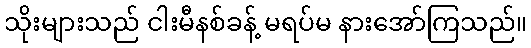
သိုးများသည် ငါးမီနစ်ခန့် မရပ်မ နားအော်ကြသည်။